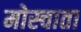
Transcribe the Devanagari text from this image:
मोस्चाता